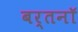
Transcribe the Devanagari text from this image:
बर्तनॉ